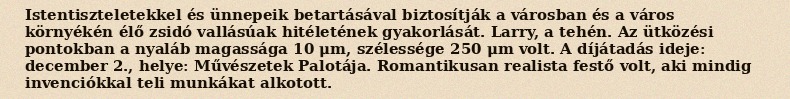
Istentiszteletekkel és ünnepeik betartásával biztosítják a városban és a város környékén élő zsidó vallásúak hitéletének gyakorlását. Larry, a tehén. Az ütközési pontokban a nyaláb magassága 10 μm, szélessége 250 μm volt. A díjátadás ideje: december 2., helye: Művészetek Palotája. Romantikusan realista festő volt, aki mindig invenciókkal teli munkákat alkotott.